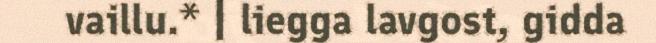
vaillu.* | liegga lavgost, gidda